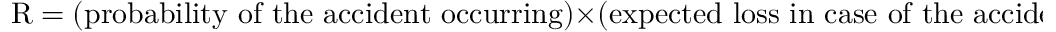
{ \mathrm { R } } = ( { \mathrm { p r o b a b i l i t y ~ o f ~ t h e ~ a c c i d e n t ~ o c c u r r i n g } } ) \times ( { \mathrm { e x p e c t e d ~ l o s s ~ i n ~ c a s e ~ o f ~ t h e ~ a c c i d e n t } } )